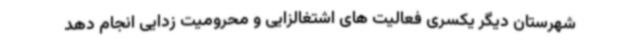
شهرستان دیگر یکسری فعالیت های اشتغالزایی و محرومیت زدایی انجام دهد